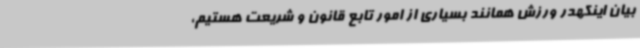
بیان اینکهدر ورزش همانند بسیاری از امور تابع قانون و شریعت هستیم،